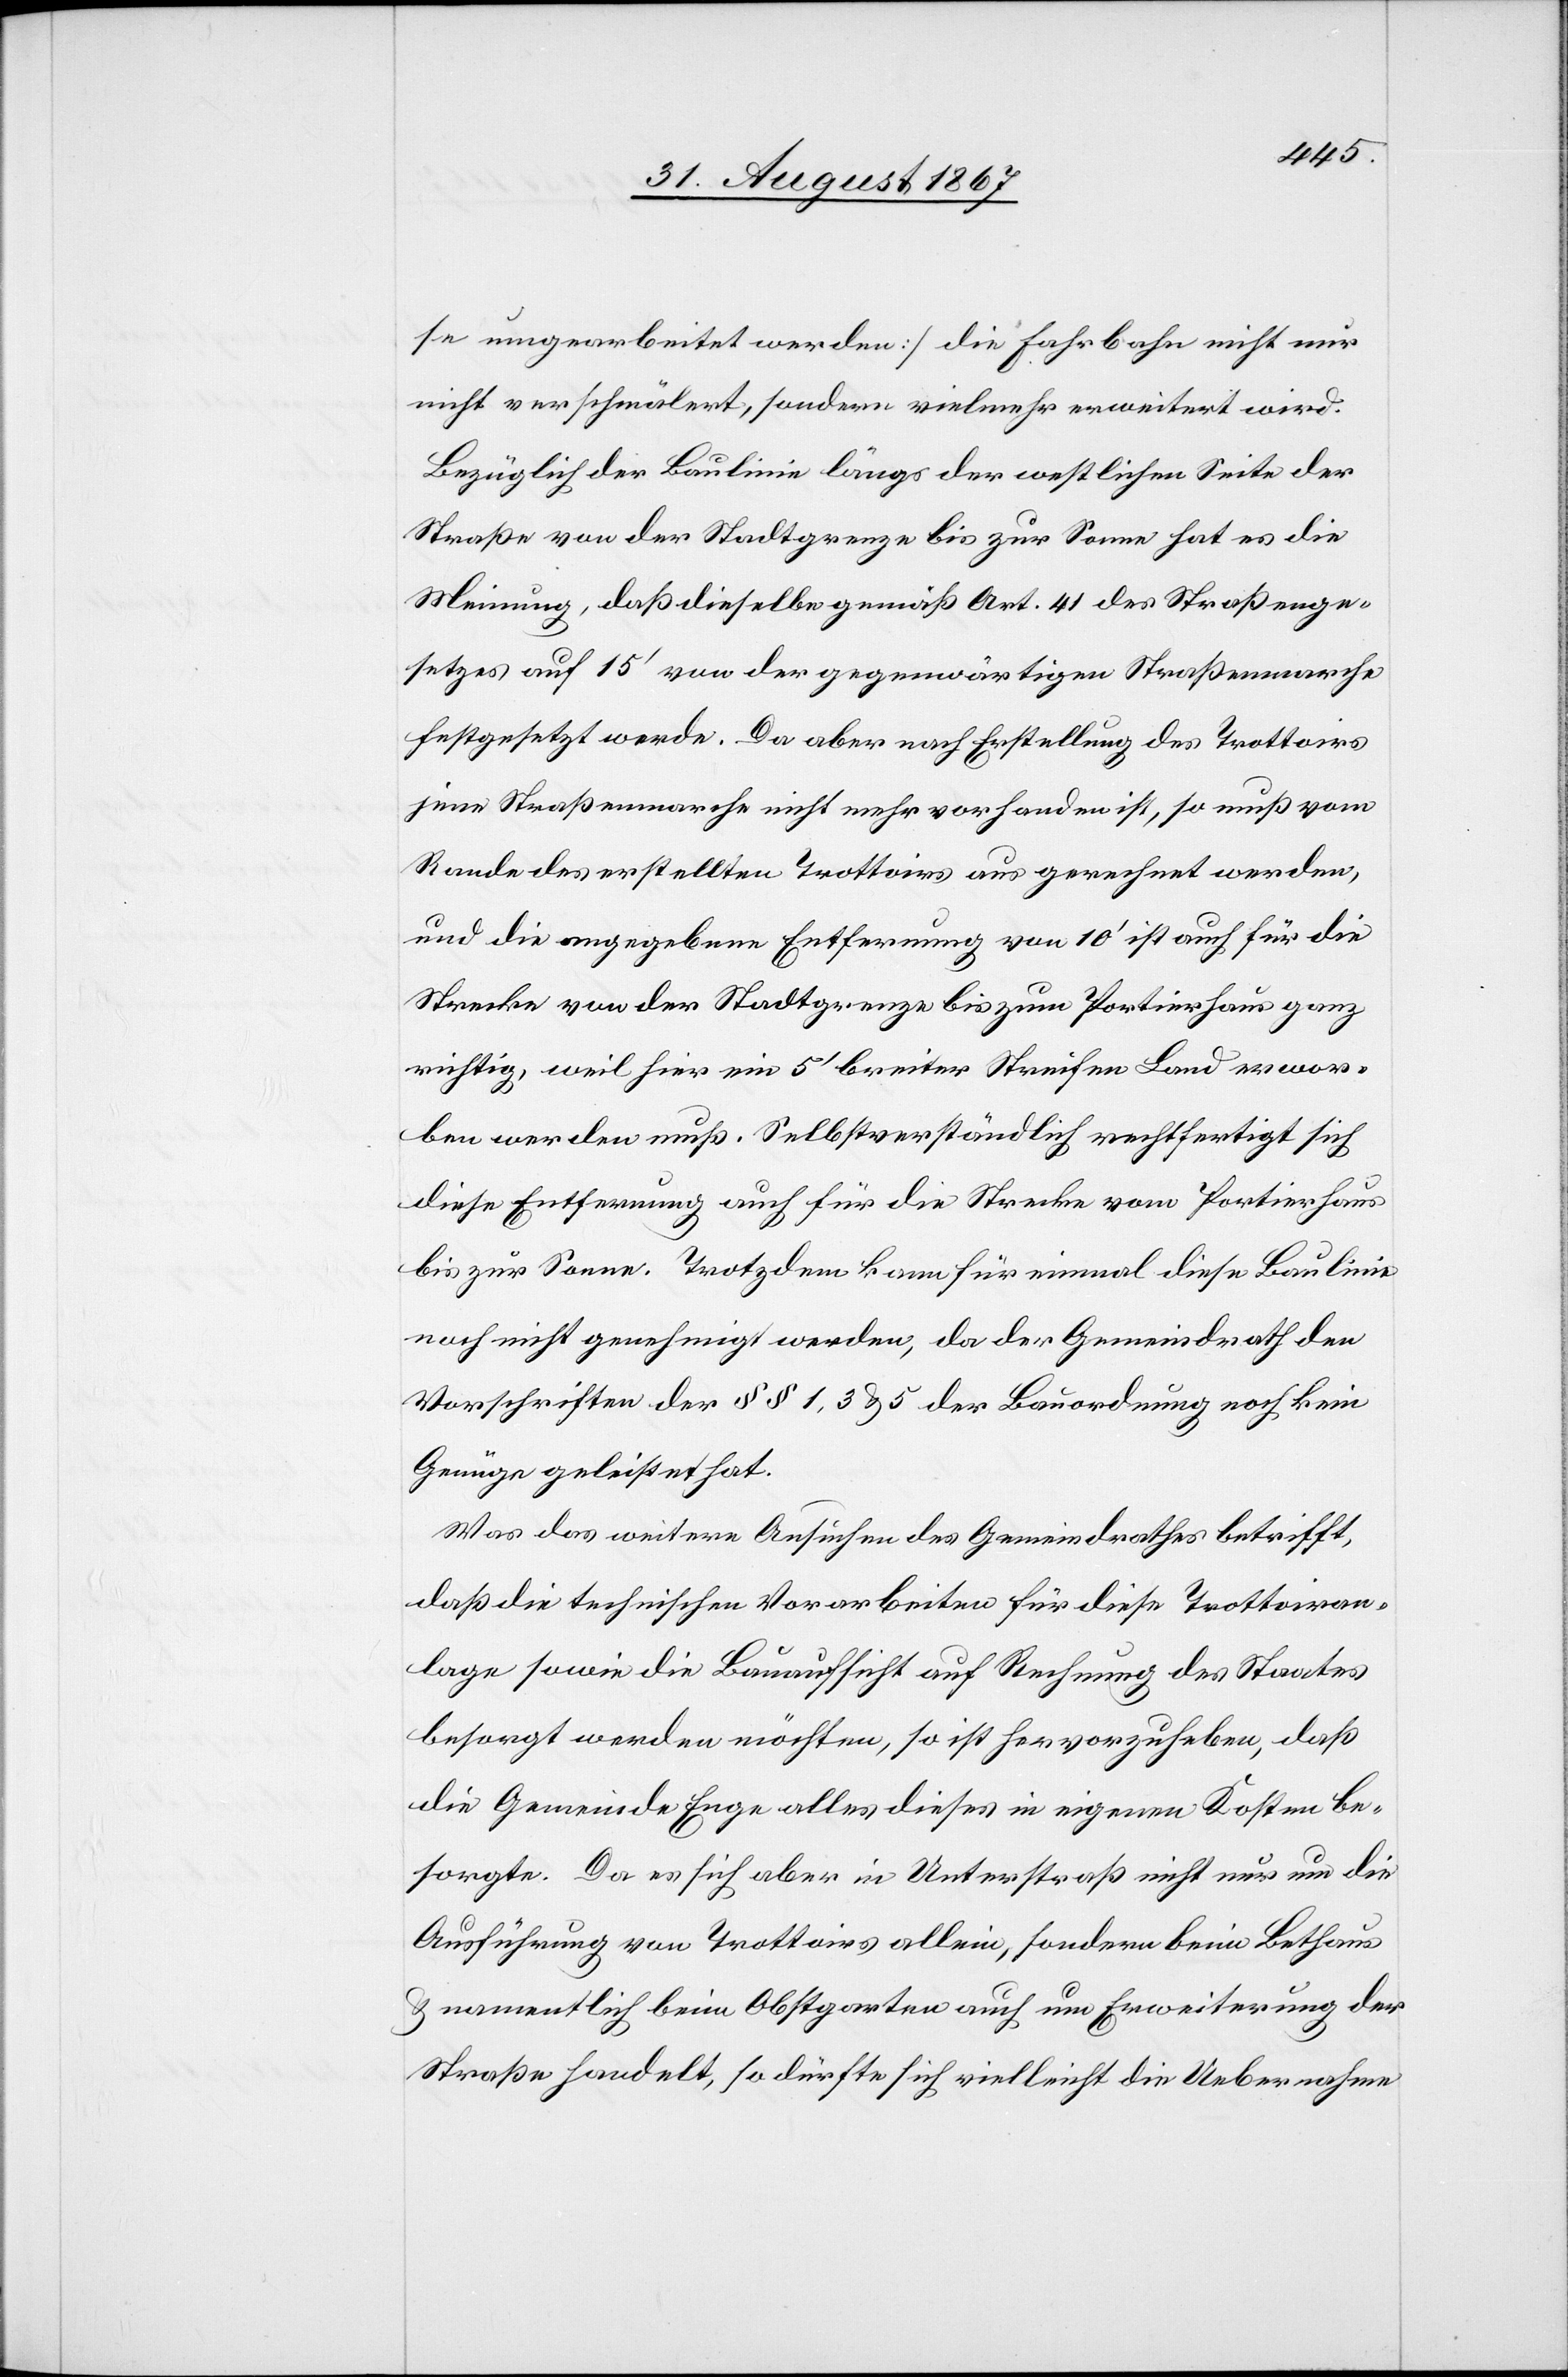
se umgearbeitet werden] die Fahrbahn nicht nur
nicht verschmälert, sondern vielmehr erweitert wird.
Bezüglich der Baulinie längs der westlichen Seite der
Straße von der Stadtgrenze bis zur Sonne hat es die
Meinung, daß dieselbe gemäß Art. 41 des Straßenge¬
setzes auf 15‘ von der gegenwärtigen Straßenmarche
festgesetzt werde. Da aber nach Erstellung des Trottoirs
jene Straßenmarche nicht mehr vorhanden ist, so muß vom
Rande des erstellten Trottoirs aus gerechnet werden,
und die angegebene Entfernung von 10‘ ist auch für die
Strecke von der Stadtgrenze bis zum Portierhaus ganz
richtig, weil hier ein 5‘ breiter Streifen Land erwor¬
ben werden muß. Selbstverständlich rechtfertigt sich
diese Entfernung auch für die Strecke vom Portierhaus
bis zur Sonne. Trotzdem kann für einmal diese Baulinie
noch nicht genehmigt werden, da der Gemeindrath den
Vorschriften der § § 1, 3 u. 5. der Bauordnung kein
Genüge geleistet hat.
Was das weitere Ansuchen des Gemeindrathes betrifft,
daß die technischen Vorarbeiten für diese Trottoiran¬
lage sowie die Bauaufsicht auf Rechnung des Staates
besorgt werden möchten, so ist hervorzuheben, daß
die Gemeinde Enge alles dieses in seinen Kosten be¬
sorgte. Da es sich aber in Unterstraß nicht nur um die
Ausführung von Trottoirs allein, sondern beim Bethaus
u. namentlich beim Obstgarten auch um Erweiterung der
Straße handelt, so dürfte sich vielleicht die Uebernahme